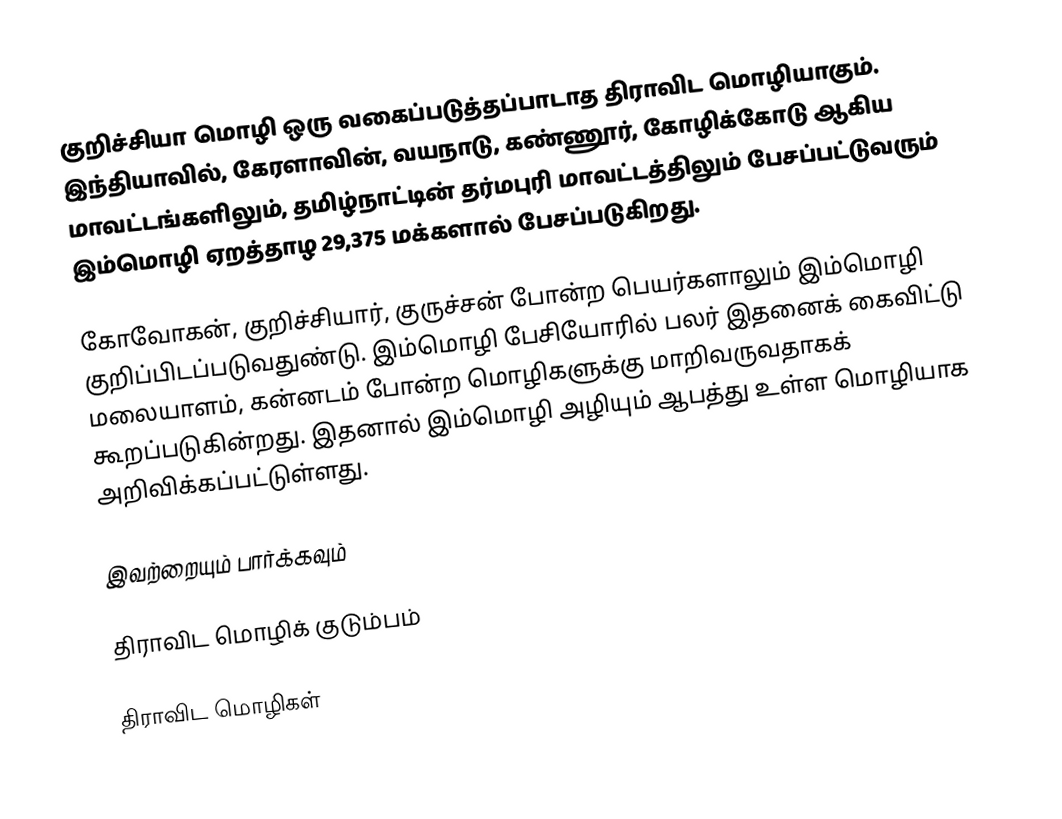
குறிச்சியா மொழி ஒரு வகைப்படுத்தப்பாடாத திராவிட மொழியாகும். இந்தியாவில், கேரளாவின், வயநாடு, கண்ணூர், கோழிக்கோடு ஆகிய மாவட்டங்களிலும், தமிழ்நாட்டின் தர்மபுரி மாவட்டத்திலும் பேசப்பட்டுவரும் இம்மொழி ஏறத்தாழ 29,375 மக்களால் பேசப்படுகிறது.

கோவோகன், குறிச்சியார், குருச்சன் போன்ற பெயர்களாலும் இம்மொழி குறிப்பிடப்படுவதுண்டு. இம்மொழி பேசியோரில் பலர் இதனைக் கைவிட்டு மலையாளம், கன்னடம் போன்ற மொழிகளுக்கு மாறிவருவதாகக் கூறப்படுகின்றது. இதனால் இம்மொழி அழியும் ஆபத்து உள்ள மொழியாக அறிவிக்கப்பட்டுள்ளது.

இவற்றையும் பார்க்கவும்

 திராவிட மொழிக் குடும்பம்

திராவிட மொழிகள்